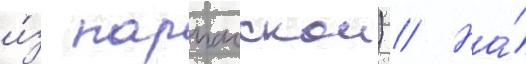
и́з парпачскои) // На́